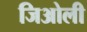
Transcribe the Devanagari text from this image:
जिओली